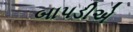
બાપડીએ